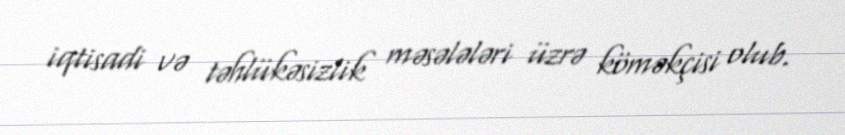
iqtisadi və təhlükəsizlik məsələləri üzrə köməkçisi olub.